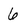
Character: 6